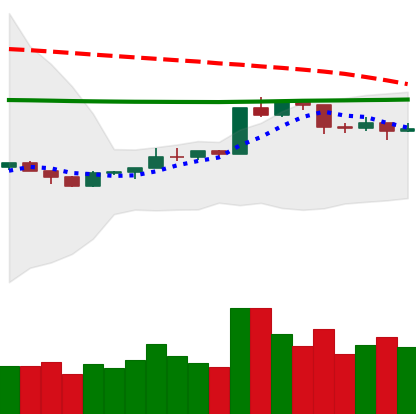
Ticker: ETH-USD
Chart end date: 2020-04-14
Forward return: 15.241%
Label: up_7plus